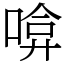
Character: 啽